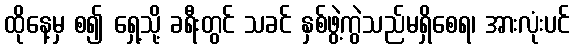
ထိုနေ့မှ စ၍ ရှေ့သို့ ခရီးတွင် သခင် နှစ်ဖွဲ့ကွဲသည်မရှိစေရ၊ အားလုံးပင်